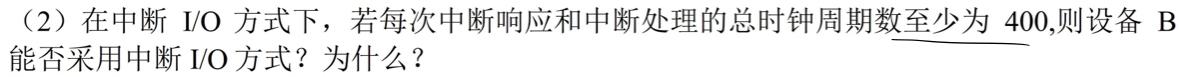
（2）在中断 I/O 方式下，若每次中断响应和中断处理的总时钟周期数至少为 400,则设备 B 能否采用中断 I/O 方式？为什么？